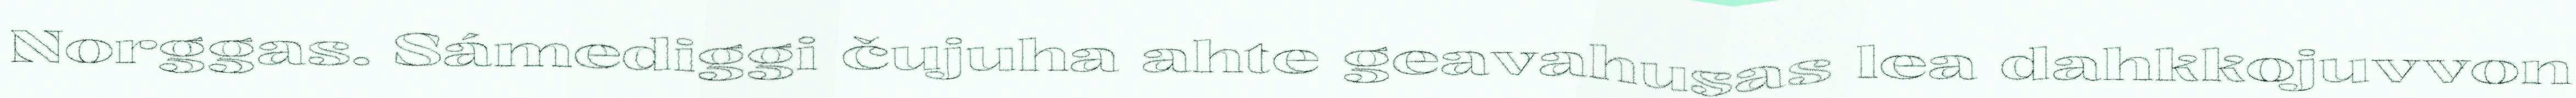
Norggas. Sámediggi čujuha ahte geavahusas lea dahkkojuvvon